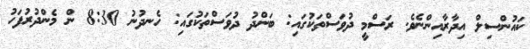
ކައުންސިލް އިދާރާއިންނެވެ. ރަސްމީ ދުވަސްތަކުގައި: ބަންދު ދުވަސްތަކުގައި: ހެނދުނު 8:30 ން މެންދުރުފަހު